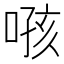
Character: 𫫂